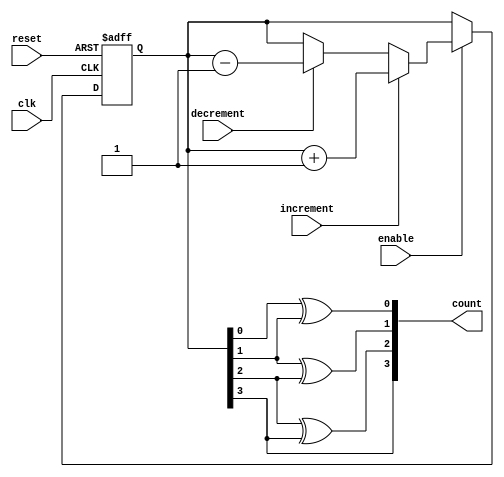
module bidirectional_gray_counter (
    input wire clk,
    input wire reset,
    input wire enable,
    input wire increment,
    input wire decrement,
    output reg [3:0] count
);

reg [3:0] gray_count;

always @(posedge clk or posedge reset) begin
    if (reset) begin
        gray_count <= 4'b0000;
    end
    else if (enable) begin
        if (increment) begin
            gray_count <= gray_count + 1;
        end
        else if (decrement) begin
            gray_count <= gray_count - 1;
        end
    end
end

assign count[0] = gray_count[0] ^ gray_count[1];
assign count[1] = gray_count[1] ^ gray_count[2];
assign count[2] = gray_count[2] ^ gray_count[3];
assign count[3] = gray_count[3];

endmodule